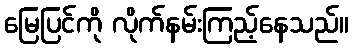
မြေပြင်ကို လိုက်နမ်းကြည့်နေသည်။